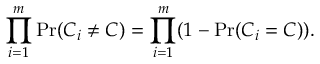
\prod _ { i = 1 } ^ { m } \operatorname* { P r } ( C _ { i } \neq C ) = \prod _ { i = 1 } ^ { m } ( 1 - \operatorname* { P r } ( C _ { i } = C ) ) .